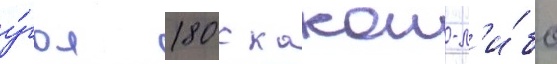
у́гол 180 с какои-л'и́бо